Report on vaccination in Madras 1895-1903 - 1895-1903
Year: 1895
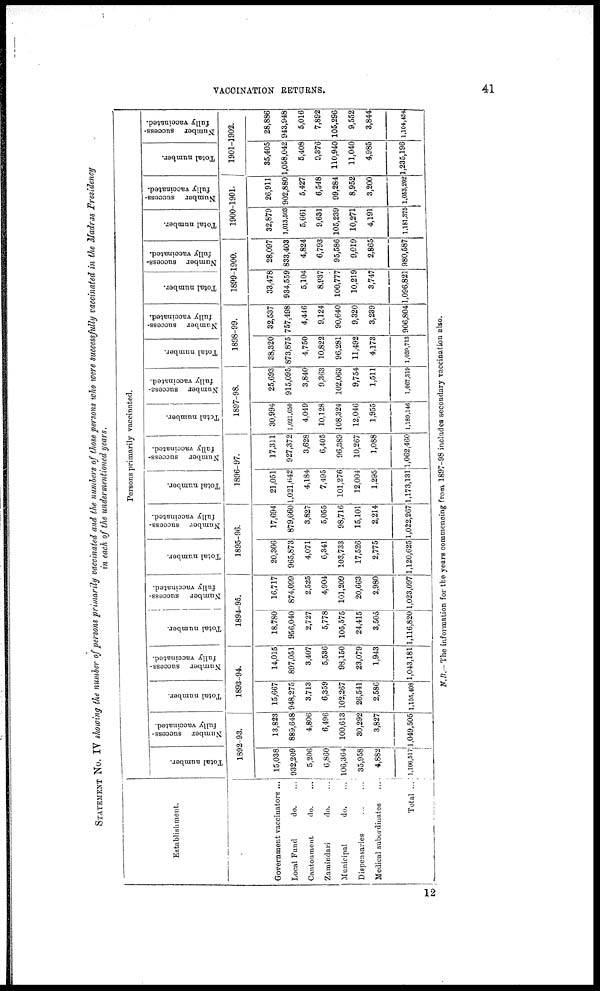
VACCINATION RETURNS.
41
STATEMENT No. IV showing the number of persons primarily vaccinated and the numbers of those persons who were successfully vaccinated in the Madras Presidency
in each of the undermentioned years.
Establishment.
Government vaccinators ...
Local Fund
do. ...
Cantonment
do.
...
Zamindari
do.
...
Municipal
do. ...
Dispensaries
...
...
Medical subordinates
....
Total ...
Persons primarily vaccinated.
Total number.
Number success-
fully vaccinated.
1892-93.
15,038
932,209
5,206
6,860
106,364
35,958
4,882
1,106,517
13,823
889,648
4,806
6,496
100,613
30,292
3,827
1,049,505
Total number.
Number success-
fully vaccinated.
1893-94.
15,667
948,275
3,713
6,359
102,267
26,541
2,586
1,105,408
14,015
897,051
3,407
5,536
98,150
23,079
1,943
1,043,181
Total number.
Number success-
fully vaccinated.
1894-95.
18,780
956,040
2,727
5,778
105,575
24,415
3,505
1,116,820
16,717
874,099
2,525
4,804
101,209
20,663
2,980
1,023,097
Total number.
Number success-
fully vaccinated.
1895-96.
20,306
965,873
4,071
6,341
103,733
17,526
2,775
1,120,625
17,694
879,660
3,827
5,055
98,716
15,101
2,214
1,022,267
Total number.
Number success-
fully vaccinated.
1896-97.
21,051
1,021,642
4,184
7,495
101,276
12,004
1,295
1,173,131
17,311
927,372
3,628
6,405
96,389
10,267
1,088
1,062,460
Total number.
Number success-
fully vaccinated.
1897-98.
30,994
1,021,650
4,049
10,128
108,324
12,046
1,955
1,189,146
25,693
915,095
3,840
9,363
102,063
9,754
1,511
1,067,319
Total number.
Number success-
fully vaccinated.
1898-99.
38,320
873,875
4,750
10,822
96,281
11,492
4,173
1,039,713
32,537
757,498
4,446
9,124
90,640
9,320
3,239
906,804
Total number.
Number success-
fully vaccinated.
1899-1900.
33,478
934,559
5,104
8,937
100,777
10,219
3,747
1,096,821
28,097
833,403
4,824
6,793
95,586
9,019
2,865
980,587
Total number.
Number success-
fully vaccinated.
1900-1901.
32,879
1,013,503
5,661
9,631
105,239
10,271
4,191
1,181,375
26,911
902,880
5,427
6,548
99,284
8,952
3,200
1,058,202
Total number.
Number success-
fully vaccinated.
1901-1902.
35,405
1,058,042
5,408
9,376
110,940
11,040
4,985
1,235,196
28,886
943,948
5,016
7,892
105,296
9,552
3,844
1,104,434
N.B.—The information for the years commencing from 1897-98 includes secondary vaccination also.
12